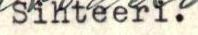
Sihteeri.